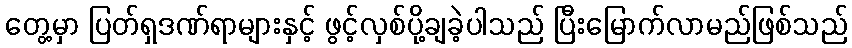
တွေ့မှာ ပြတ်ရှဒဏ်ရာများနှင့် ဖွင့်လှစ်ပို့ချခဲ့ပါသည် ပြီးမြောက်လာမည်ဖြစ်သည်